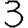
Digit: 3